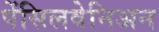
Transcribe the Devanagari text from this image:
पेंसिलवेनिअन